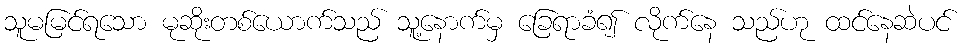
သူမမြင်ရသော မုဆိုးတစ်ယောက်သည် သူ့နောက်မှ ခြေရာခံ၍ လိုက်နေ သည်ဟု ထင်နေဆဲပင်